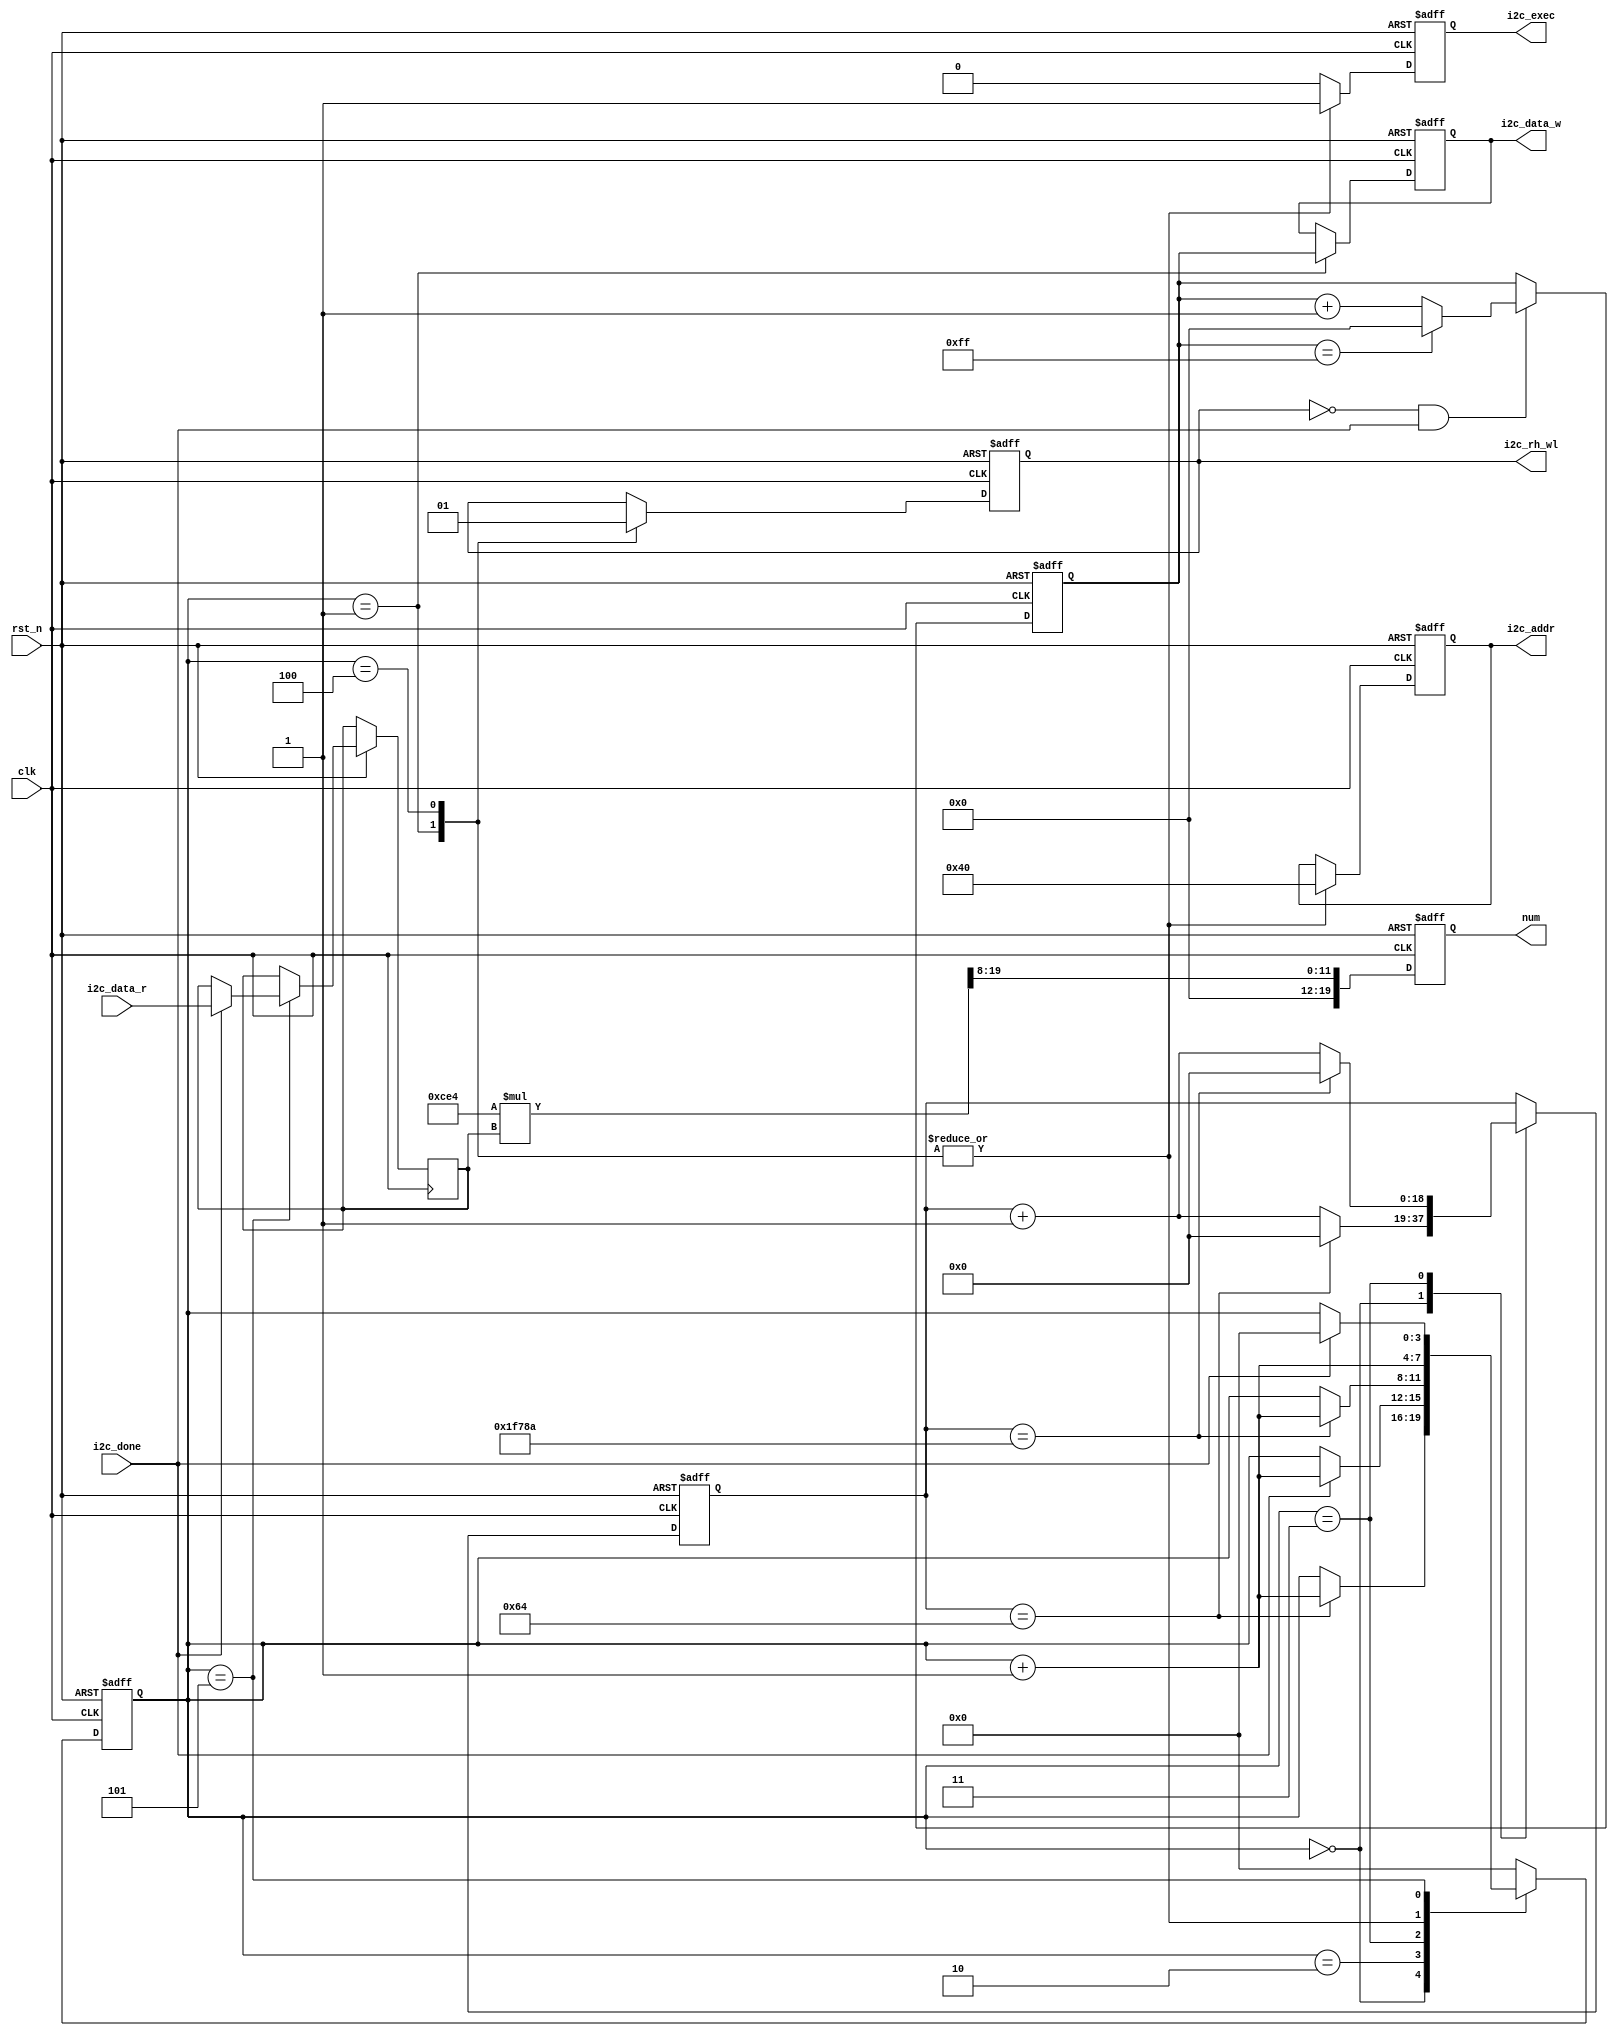
module pcf8591(
   
    input                 clk        ,    
    input                 rst_n      ,    

    
    output   reg          i2c_rh_wl  ,    
    output   reg          i2c_exec   ,    
    output   reg  [15:0]  i2c_addr   ,    
    output   reg  [ 7:0]  i2c_data_w ,    
    input         [ 7:0]  i2c_data_r ,   
    input                 i2c_done   ,  

    output   reg  [19:0]  num             
);


parameter    CONTORL_BYTE = 8'b0100_0000; 
parameter    V_REF        = 12'd3300    ; 

reg    [7:0]    da_data   ;               // DA
reg    [7:0]    ad_data   ;               // AD
reg    [3:0]    flow_cnt  ;               
reg    [18:0]   wait_cnt  ;               


wire   [19:0]   num_t     ;               // AD



assign num_t = V_REF * ad_data ;


always @(posedge clk or negedge rst_n) begin
    if(rst_n == 1'b0) begin
        da_data  <= 8'd0;
    end
    else if(i2c_rh_wl == 1'b0 & i2c_done == 1'b1)begin
        if(da_data == 8'd255)
            da_data<= 8'd0;
        else
            da_data<= da_data + 1'b1;
    end
end


always @(posedge clk or negedge rst_n) begin
    if(rst_n == 1'b0) begin
        num <= 20'd0;
    end
    else
        num <= num_t >> 4'd8;
end


always @(posedge clk or negedge rst_n) begin
    if(rst_n == 1'b0) begin
        i2c_exec <= 1'b0;
        i2c_rh_wl<= 1'b0;
        i2c_addr <= 8'd0;
        i2c_data_w <=  8'd0;
        flow_cnt   <=  4'd0;
        wait_cnt   <= 17'd0;
    end
    else begin
        i2c_exec <= 1'b0;
        case(flow_cnt)
            'd0: begin
                if(wait_cnt == 17'd100) begin
                    wait_cnt<= 17'd0;
                    flow_cnt<= flow_cnt + 1'b1;
                end
                else
                    wait_cnt<= wait_cnt + 1'b1;
            end
            
            'd1: begin
                i2c_exec  <= 1'b1;
                i2c_addr  <= CONTORL_BYTE;
                i2c_rh_wl <= 1'b0;
                i2c_data_w<= da_data;
                flow_cnt  <= flow_cnt + 1'b1;
            end
            'd2: begin
                if(i2c_done == 1'b1) begin
                    flow_cnt<= flow_cnt + 1'b1;
                end
            end
            'd3: begin
        
                if(wait_cnt == 17'd128906) begin
                    wait_cnt<= 17'd0;
                    flow_cnt<= flow_cnt + 1'b1;
                end
                else
                    wait_cnt<= wait_cnt + 1'b1;
            end
            //AD
            'd4: begin
                i2c_exec  <= 1'b1;
                i2c_addr  <= CONTORL_BYTE;
                i2c_rh_wl <= 1'b1;
                flow_cnt  <= flow_cnt + 1'b1;
            end
            'd5: begin
                if(i2c_done == 1'b1) begin
                    ad_data <= i2c_data_r;
                    flow_cnt<= 4'd0;
                end
            end
            default: flow_cnt <= 4'd0;
        endcase
    end
end

endmodule